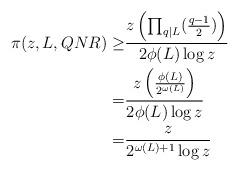
LaTeX: \begin{align*}\pi(z,L,QNR)\geq &\frac{z\left(\prod_{q|L}(\frac{q-1}{2})\right)}{2\phi(L)\log z}\\=&\frac{z\left(\frac{\phi(L)}{2^{\omega(L)}}\right)}{2\phi(L)\log z}\\=&\frac{z}{2^{\omega(L)+1}\log z}\end{align*}